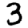
Digit: 3